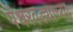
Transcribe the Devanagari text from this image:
पंधरवड्याच्या